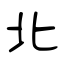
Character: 北